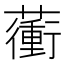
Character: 𧁬